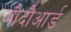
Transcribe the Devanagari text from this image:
बौदौआर्ड